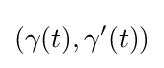
(\gamma (t),\gamma '(t))